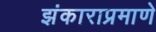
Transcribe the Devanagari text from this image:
झंकाराप्रमाणे